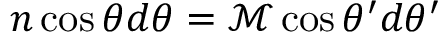
n \cos \theta d \theta = \mathcal { M } \cos \theta ^ { \prime } d \theta ^ { \prime }